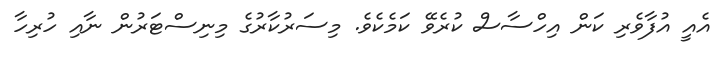
އެއީ އުފާވެރި ކަން އިހްސާސް ކުރެވޭ ކަމެކެވެ. މިސަރުކާރުގެ މިނިސްޓަރުން ނާއި ހުރިހާ